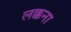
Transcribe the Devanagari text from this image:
लक्कना